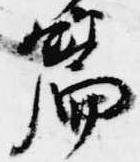
篇